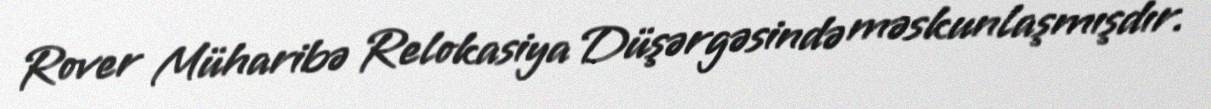
Rover Müharibə Relokasiya Düşərgəsində məskunlaşmışdır.